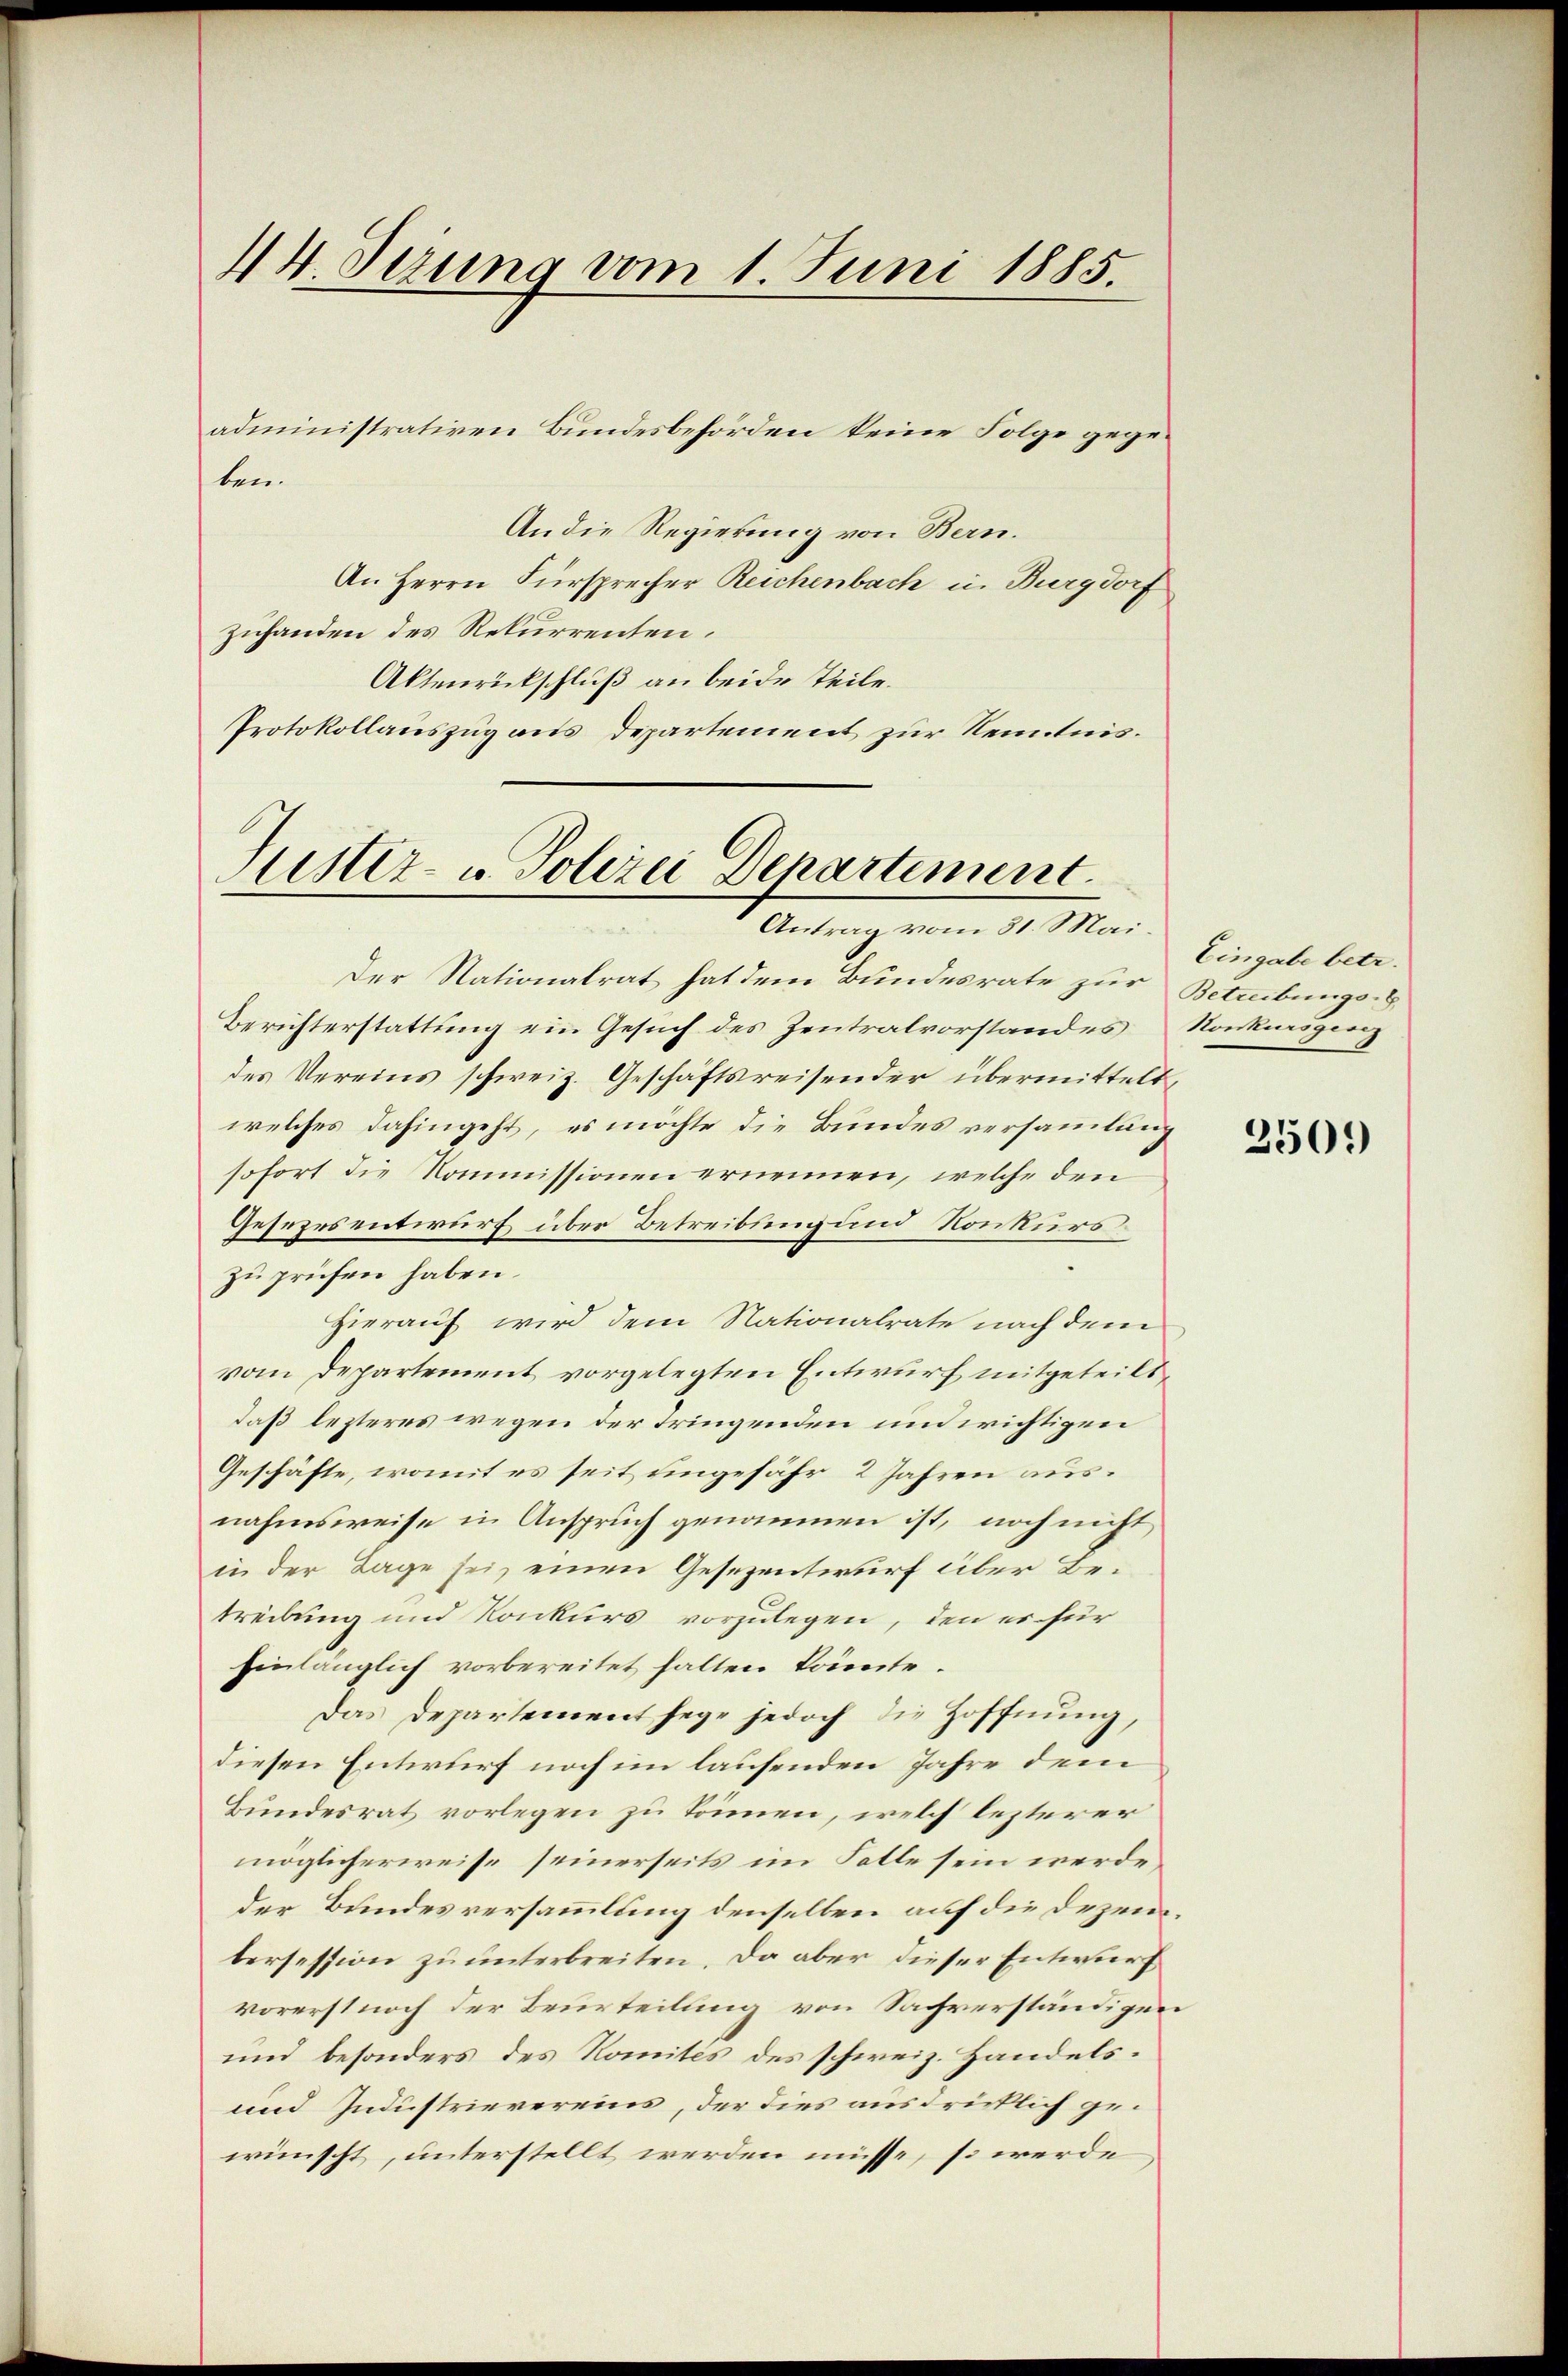
44. Dezung vom 1. Juni 1885.

ben.
An die Regierung von Bern.
An Herrn Fürsprecher Reichenbach in Burgdorf
zuhanden des Rekurrenten.
Aktenrückschluß an beide Teile.
Protokollauszug aus Departement zur Kenntnis.

administrativen Bundesbehörden keine Folge gege¬

Sistiz- u. Polizei Departement.
Antrag vom 31. Mai.

Der Nationalrat hat dem Bundesrate zur Betreibungs-G
Berichterstattung ein Gesuch des Zentralvorstandes
des Vereins schweiz. Geschäftsreisender übermittelt,
welches dahingeht, es möchte die Bundes versammlung
sofort die Kommissionen ernennen, welche den
Gesezrsentwurf über Betreibung und Konkurs
zu prüfen haben.
Hierauf wird dem Nationalrate nach dem
vom Departement vorgelegten Entwurf mitgeteilt
daß lezteres wegen der tringenden und wichtigen
Geschäfte, womit es seit ungefähr 2 Jahren ausnahmsweise in Anspruch genommen ist, noch nicht
in der Tage sei, einen Gesezentwurf über Betreibung und Konkurs vorzulegen, den es für
hinlänglich vorbereitet halten könnte.
Das Departement sege jedoch die Hoffnŭng,
diesen Entwurf noch im lausenden Jahre dem
Bundesrat vorlegen zu können, welch lezterer
möglicherweise seinerseits im Falle sein werde,
der Bundesversammlung denselben auf die Dezemtersession zu unterbreiten. Da aber dieser Entwurf
vorerst noch der Beurteilung von Sachverständigen
und besonders des Komités des schweiz. Handels¬
und Industrievereins, der dies ausdrücklich gewünscht, unterstellt werden müsse, so werde

Eingabe betr.
Konkursgen

2509